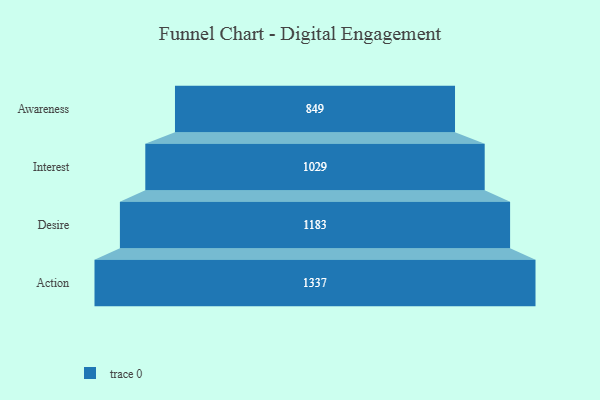
{"axis": {"x": "Stage", "y": "Value"}, "legend": [""], "data": [{"x": "Awareness", "y": 849.0, "type": ""}, {"x": "Interest", "y": 1029.0, "type": ""}, {"x": "Desire", "y": 1183.0, "type": ""}, {"x": "Action", "y": 1337.0, "type": ""}]}